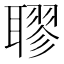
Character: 𦗖